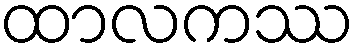
ထာလကဿ